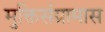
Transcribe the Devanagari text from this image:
मुक्तिसंग्रामास